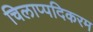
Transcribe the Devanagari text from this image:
चिलाप्पदिकरम